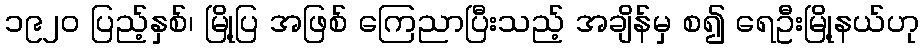
၁၉၂၀ ပြည့်နှစ်၊ မြို့ပြ အဖြစ် ကြေညာပြီးသည့် အချိန်မှ စ၍ ရေဦးမြို့နယ်ဟု